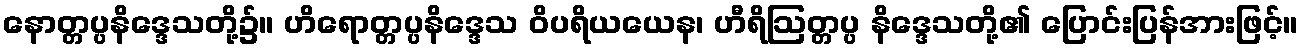
နောတ္တပ္ပနိဒ္ဒေသတို့၌။ ဟိရောတ္တပ္ပနိဒ္ဒေသ ဝိပရိယယေန၊ ဟီရိဩတ္တပ္ပ နိဒ္ဒေသတို့၏ ပြောင်းပြန်အားဖြင့်။